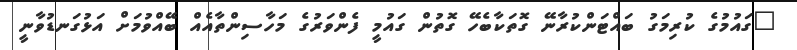
"ގައުމުގެ ކުރިމަގު ބައްޓަންކުރާނޭ ގޮތަކާބެހޭ ގޮތުން ގައުމީ ފެންވަރުގެ މަހާސިންތާއެއް ބޭއްވުމަށް އަޅުގަނޑުވާނީ